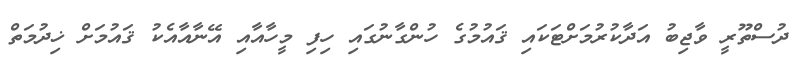
ދުސްތޫރީ ވާޖިބު އަދާކުރުމަށްޓަކައި ޤައުމުގެ ހުންގާނުގައި ހިފި މީހާއާއި އޭނާއާއެކު ޤައުމަށް ޚިދުމަތް